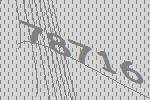
78716